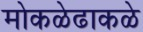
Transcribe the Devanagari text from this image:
मोकळेढाकळे